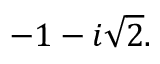
- 1 - i { \sqrt { 2 } } .